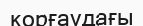
корғаудағы